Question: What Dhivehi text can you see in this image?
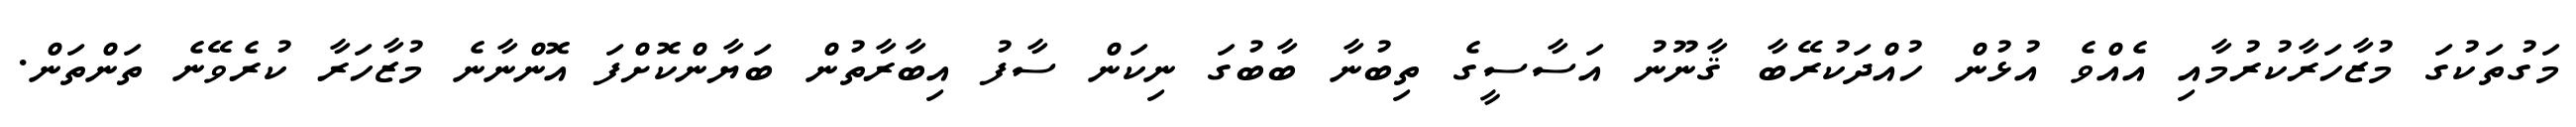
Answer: މަގުތަކުގަ މުޒާހަރާކުރުމާއި އެއްވެ އުޅުން ހުއްދަކުރޭބާ ޤާނޫނު އަސާސީގެ ތިބުނާ ބާބުގަ ނިކަން ސާފު އިބާރާތުން ބަޔާންކޮށްފަ އޮންނާނެ މުޒާހަރާ ކުރެވޭނެ ތަންތަން.